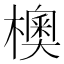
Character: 𪴃